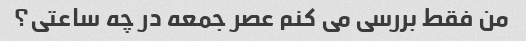
من فقط بررسی می کنم عصر جمعه در چه ساعتی؟